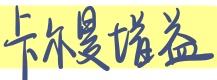
卡尔曼增益